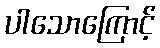
ပါသောကြောင့်